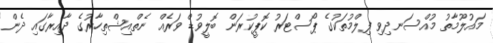
މައުލޫމާތު މުއްސަނދިވި ފިލްމުތަކުގެ ޕޯސްޓަރު ކޮޕީކުރަން ބޮލީވުޑް ވަރެއް ނެތްއިޝްތިހާރުގެ ދާއިރާގައި ދެން